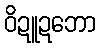
ဝိဍူဍဘော